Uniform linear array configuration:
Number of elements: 16
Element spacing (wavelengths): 1
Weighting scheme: kaiser
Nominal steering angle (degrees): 45
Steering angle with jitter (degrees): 44.899
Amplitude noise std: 0.05
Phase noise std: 0.05

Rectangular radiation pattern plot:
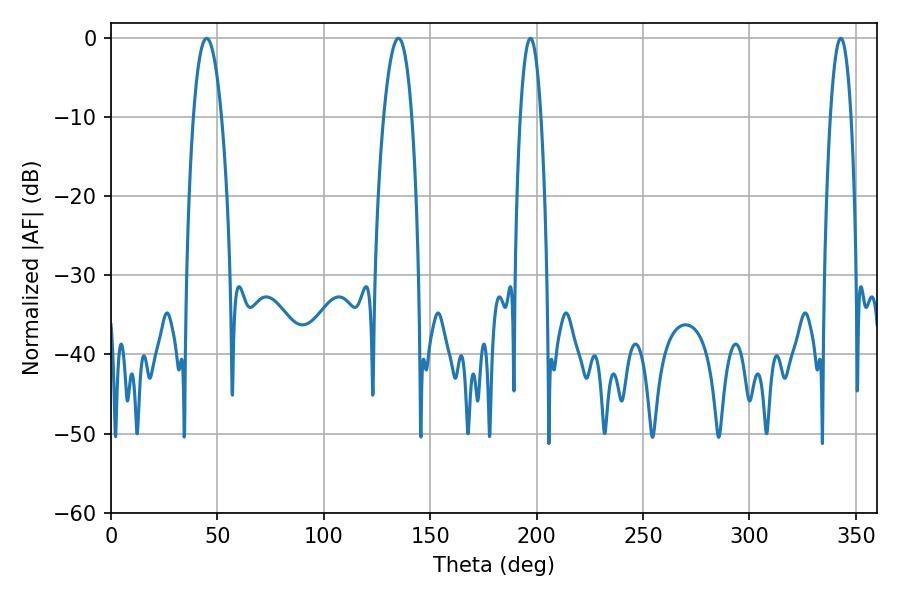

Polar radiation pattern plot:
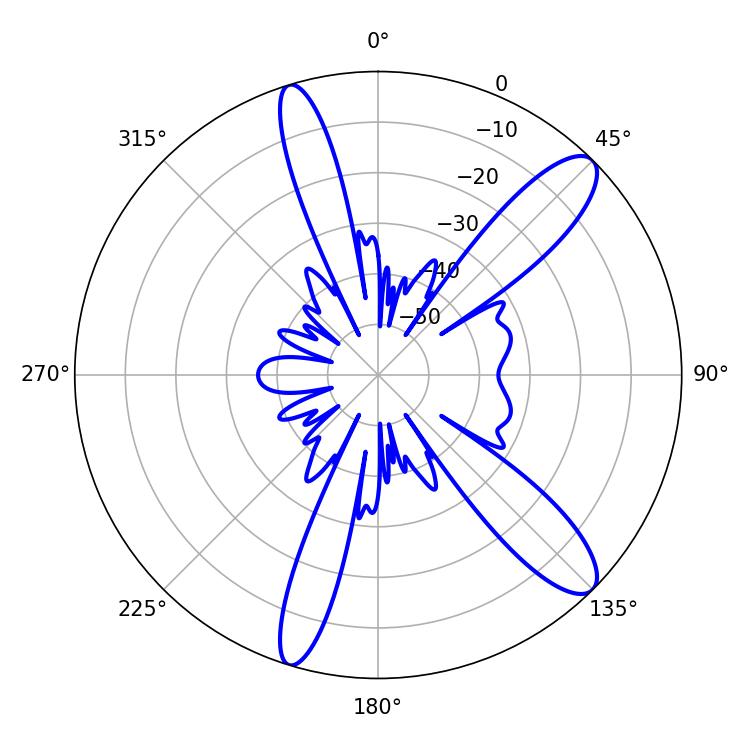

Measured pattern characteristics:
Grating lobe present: TRUE
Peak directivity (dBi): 11.712
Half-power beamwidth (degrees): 5.4
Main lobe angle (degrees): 197.1